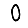
Digit: 0